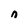
Character: n